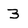
Character: 3